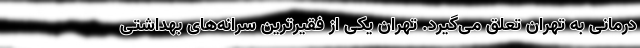
درمانی به تهران تعلق می‌گیرد. تهران یکی از فقیرترین سرانه‌های بهداشتی